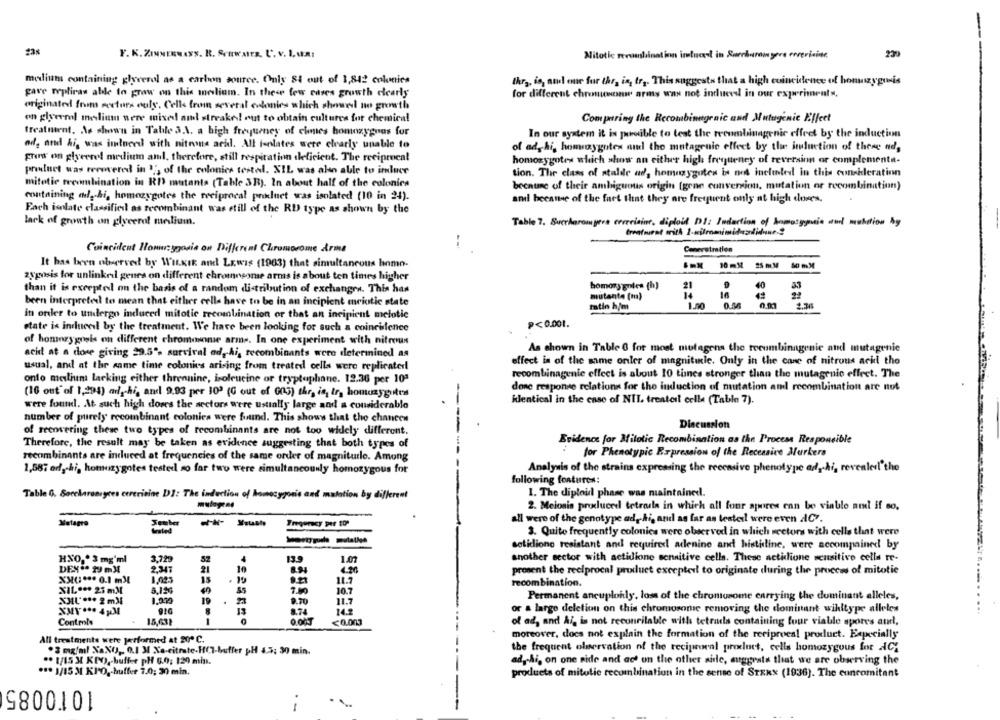
Y. K. ZINNERNASS. R. Sonwars, C. v. I. u.A.
Mitotic revuesbinati
n intueral in Surchurom yoro corevicine
medium containing glycerol as a carbon source. Only Si out of 1,842 colonies
thr ,, is, and one fur the, in, tr ,. Thissuggests that a high coincidence of honzygunis
gave repliras alde to grow on this mosliam. In these few cases growth clearly
for different chromeenw army was not induced in our experiments.
originated from sectors ouly. Cells from several colonies which showed ao growth
on glyeml inclium were mised and streaked out to obtain cultures for chemical
Comparing the Recombinagenic and Mutugenic Effect
treatment, As shown in Table 3.1. a high frequency of elmes homozygnas for
In our system it is porable to test the recombinagenic effeet by the induction
od, and i, was intneed with niteone arid. All isolates were clearly unable to
of ad, ki, homeazygotes and the mutagenic effect by the huluction of these ads
Erors on glycerol medium and, therefore, still respiration deficient. The reciprocal
homozygotes which show an either high frequency of reversinn or complementa-
prouluet was recovered in 15 of the colonies tested. XIL was also able to imluce
tion. The class of stalde ad, homuzygutes is not included in this consideration
mitotie tecombination in RI mutants (Table 3R). In about half of the colonica
because of their ambiguous origin (gene conversion, mutation or recombination)
containing adds hi, homozygotes the reciprocal product was isolated (10 in 24).
amil because of the fact that they are frequent only at high dores.
Fach isolate classified as recombinant was etill of the RD type as shown by the
lack of growth on glycerol medium.
Table 7. Buccharompere corrisine, diploid DI: Induction of Somosggie and mulation by
--
Coincident Honw: ggasia on Different Chromosome Arma
Comerstration
It has been observed by WILKIE and Lewis (1963) that simultaneous home-
zyposis for unlinkril genes on different chromosome arms is about ten times higher
homor antes (h)
21
40
than it is excepted on the basis of a random distribution of exchanges. This has
mutante (m)
14
been interpreted to mean that either cells have to be in an incipient miotic state
16
matin h/m
1.00
0.56
2.36
in order to undergo induced mitotic recombination or that an incipient melotic
P<0.001.
state is induceil by the treatment. We have been looking for such a coincidence
of homozygosis on different chromosome arms. In one experiment with nitrous
As shown in Table 6 for most mutagens the recombinagenie and mutagenic
acid at a dore giving 29.5"- survival ad, Ai, recombinants were determined as
usual, and at the same time colonies arising from treated cells were replicater
effect in of the mme onler of magnitude. Only in the case of nitrous ach the
recombinagenie effect is about 10 tincs stronger than the mutagenic effect. The
onto melium lacking either threonine, isoleucine or tryptophane. 12.36 per 10ª
done response relations for the induction of mutation and recombination are not
(16 out of 1,294) adly-hi, and 9.93 per 100 (G out of 005) the, is, ir, homuaygutes
klentical in the case of NIL treateil celle (Table 7).
were found. At such high doses the sectors were usually large and a considerable
number of purely recombinant colonies were found. This shows that the chances
Discussion
of recovering these two types of recombinants are not too widely different.
Evidence for Milotic Recombination as the Process Responsible
Therefore, the result may be taken as evidence suggesting that both types of
for Phenotypic Expression of the Recessive Murkers
recombinants are induced at frequencies of the same order of magniturlo. Among
Analysis of the strains expressing the recessive phenotype adyhi, revealedl'the
1,587 edg-hi, homozygotes tested so far two were simultaneously homozygous for
following features:
Table G. Saccharomyces cererisine DI: The induction of homozygonie and mulation by different
1. The diploid phase was maintained.
2. Meiosis produceel tetradla in which all four spores can be viable nil if so,
all were of the genotype ad, hi, and as far as lesteil were even AC".
Metagro
Jember
Grated
3. Quite frequently colonics were observed in which sectors with cells that were
solidiono resistant and required adenine and histidine, were accompained by
HNO.º 3 mg'ml
3.729
4
13.9
another sector with actidione sensitive cells. These actidione sensitive cella te-
DEX. 19mM
2.347
21
10
prosent the reciprocal product excepted to originate during the process of mitotie
. 19
11.7
recombination.
XIL ... 25 mM
5.124
7.50
10.7
Permanent ancuploidy, loss of the chromosome carrying the dominant alleles,
9.70
11.7
13
8.74
14.2
or a largo deletion on this chromosome removing the dominant wihltype alleles
1
Controls
15,63₺
<0.003
of ad, and Ai, is not reconcilable with tetrads containing four viable spores aul,
moreover, docs not explain the formation of the reciprocal product. Especially
All treatments were performed at 20º C.
the frequent oleervation of the reciprocal product, cells homozygous for AC;
.3 mg/ml XaX( ,, 0.1 M Xa-citrate-HC-buffer pH 4.3; 30 min.
.. 1/15 X KRO) ,- buffer pH 6.0; 120 min.
ad, Ai, on one side and ao' on the other side, auggrats that we are observing the
... 1/15 3 KI"O ,- buffer 7.0; 30 min.
products of mitotic recombination in the sense of STEK* (1936). The concomitant
1010085
.
1